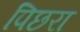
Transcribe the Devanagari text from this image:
पिछरा